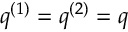
q ^ { ( 1 ) } = q ^ { ( 2 ) } = q